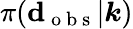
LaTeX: \pi(\boldsymbol{\mathrm{d}}_{\mathrm{{~o~b~s~}}}|\boldsymbol{k})